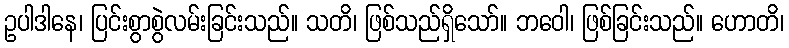
ဥပါဒါနေ၊ ပြင်းစွာစွဲလမ်းခြင်းသည်။ သတိ၊ ဖြစ်သည်ရှိသော်။ ဘဝေါ၊ ဖြစ်ခြင်းသည်။ ဟောတိ၊